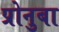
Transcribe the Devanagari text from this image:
प्रोनुबा